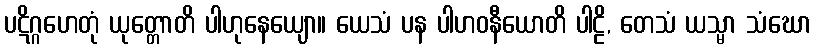
ပဋိဂ္ဂဟေတုံ ယုတ္တောတိ ပါဟုနေယျော။ ယေသံ ပန ပါဟဝနီယောတိ ပါဠိ, တေသံ ယသ္မာ သံဃော